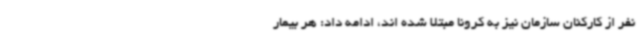
نفر از کارکنان سازمان نیز به کرونا مبتلا شده اند، ادامه داد: هر بیمار